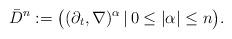
LaTeX: \begin{align*} \bar{D}^{n} := \big((\partial_{t}, \nabla)^{\alpha} \,|\, 0 \leq |\alpha| \leq n\big). \end{align*}